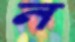
ন